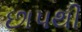
છાપથી